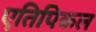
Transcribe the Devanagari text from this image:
एतिपिकल